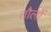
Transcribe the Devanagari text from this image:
तौलों